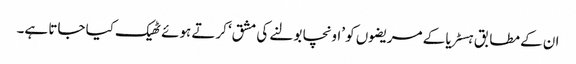
ان کے مطابق ہسٹریا کے مریضوں کو ’اونچا بولنے کی مشق‘ کرتے ہوئے ٹھیک کیا جاتا ہے۔